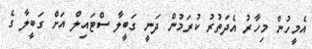
އެމީހުން މިހާރު އެދަތުރު ކުރަމުން ދަނީ ގަބީލާ ސްޓައިލް އަށް ގަބީލާ ގެ